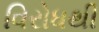
વિરોધથી